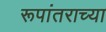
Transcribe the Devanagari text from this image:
रूपांतराच्या